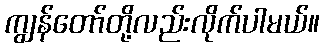
ကျွန်တော်တို့လည်းလိုက်ပါမယ်။